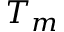
T _ { m }